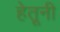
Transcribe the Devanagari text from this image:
हेतूनी